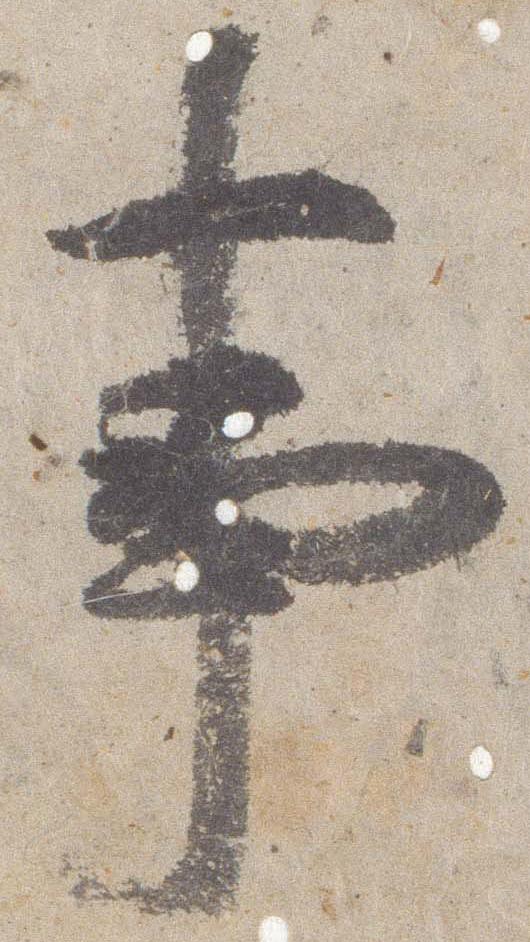
事